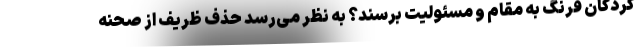
کردگان فرنگ به مقام و مسئولیت برسند؟ به نظر می‌رسد حذف ظریف از صحنه